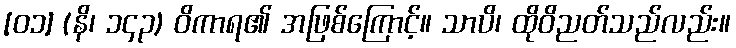
[၀၁] (နိ၊ ၁၄၃) ဝိကာရ၏ အဖြစ်ကြောင့်။ သာပိ၊ ထိုဝိညတ်သည်လည်း။